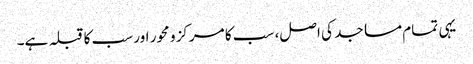
یہی تمام مساجد کی اصل، سب کا مرکز و محور اور سب کا قبلہ ہے۔